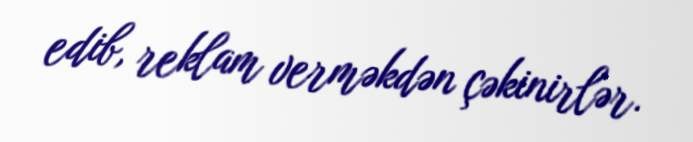
edib, reklam verməkdən çəkinirlər.